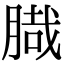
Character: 𦞁